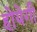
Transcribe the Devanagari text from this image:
होयेगी